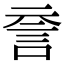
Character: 𧥽